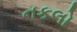
નકલો